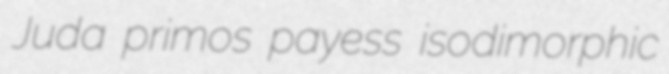
Juda primos payess isodimorphic